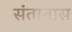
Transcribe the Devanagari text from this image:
संतानास